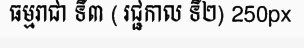
ធម្មរាជា ទី៣ ( រជ្ជកាល ទី២) 250px